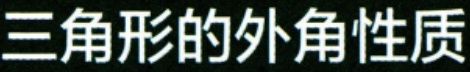
三角形的外角性质